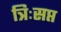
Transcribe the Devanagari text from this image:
त्रिःसप्त